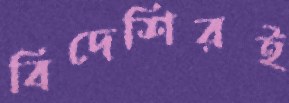
বিদেশিরই